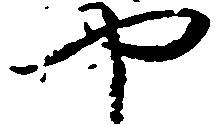
や